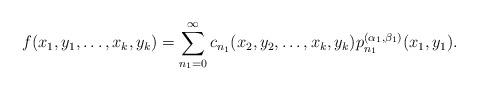
LaTeX: \begin{align*}f(x_1,y_1,\ldots,x_k,y_k)=\sum_{n_1=0}^{\infty}c_{n_1}(x_2,y_2,\ldots,x_k,y_k) p_{n_1}^{(\alpha_1,\beta_1)}(x_1,y_1).\end{align*}